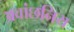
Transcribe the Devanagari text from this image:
अवांछनिय